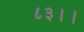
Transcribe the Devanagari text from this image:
८३।।